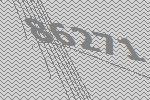
86271